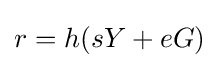
r=h(sY+eG)